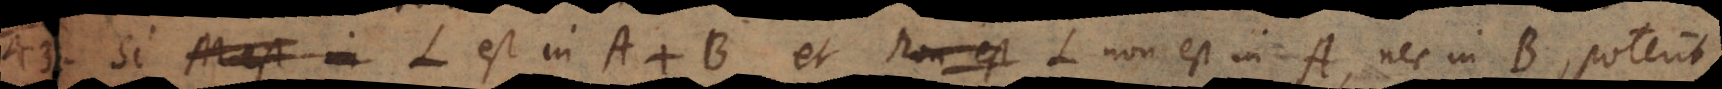
43) Si L est in A + B et L non est in A, nec in B, poterit